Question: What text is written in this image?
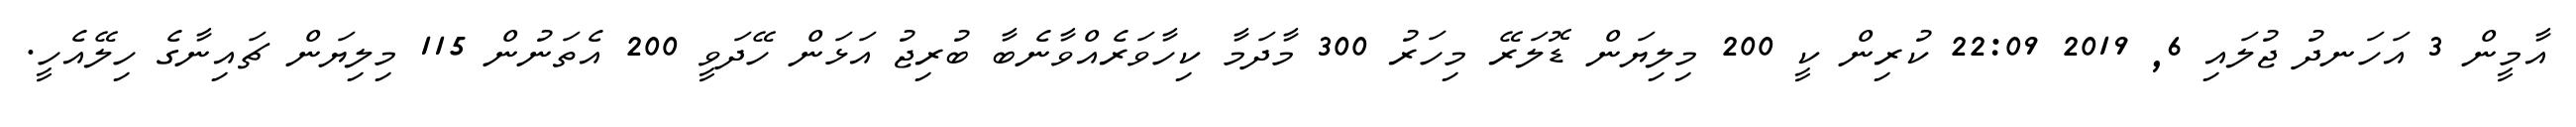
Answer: އާމީން 3 އަހަނދު ޖުލައި 6, 2019 22:09 ކުރިން ކީ 200 މިލިޔަން ޑޮލަރޭ މިހަރު 300 މާދަމާ ކިހާވަރެއްވާނެބާ ބުރިޖު އަޅަން ހޭދަވީ 200 އެތަނުން 115 މިލިޔަން ޗައިނާގެ ހިލޭއެހީ.